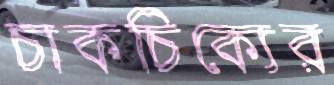
চাকচিক্যের